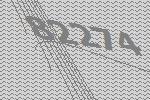
82274